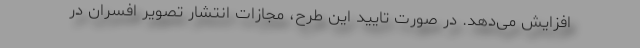
افزایش می‌دهد. در صورت تایید این طرح، مجازات انتشار تصویر افسران در